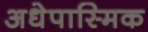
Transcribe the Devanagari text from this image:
अधेपास्मिक